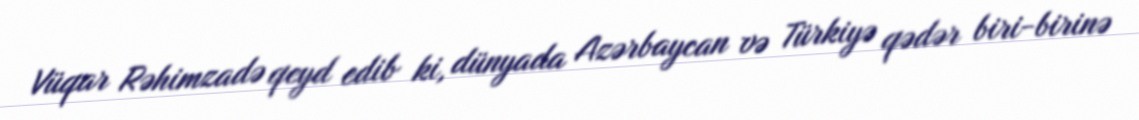
Vüqar Rəhimzadə qeyd edib ki, dünyada Azərbaycan və Türkiyə qədər biri-birinə